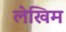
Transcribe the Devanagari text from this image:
लेखिम